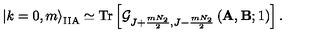
\left| k = 0 , m \right> _ { \mathrm { I I A } } \simeq \mathrm { T r } \left[ \mathcal { G } _ { J + \frac { m N _ { 2 } } { 2 } , J - \frac { m N _ { 2 } } { 2 } } \left( \mathbf { A } , \mathbf { B } ; 1 \right) \right] .